Lunatic asylums Punjab 1895-1910 - 1895-1910
Year: 1895
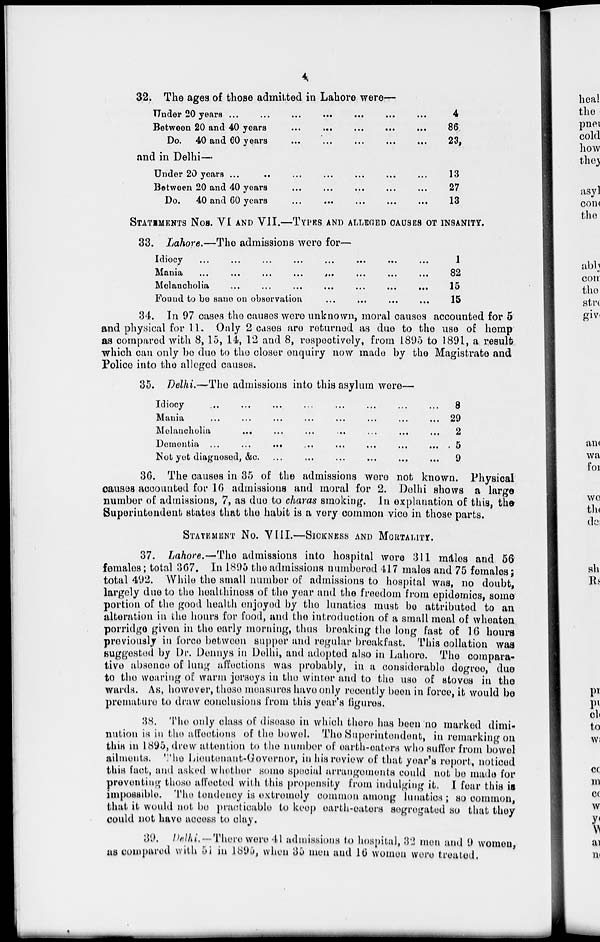
4
32. The ages of those admitted in Lahore, were—
Under 20 years ...
...
...
...
...
...
...
Between 20 and 40 years
...
...
...
...
...
Do. 40 and 60 years
...
...
...
...
...
4
86
23,
and in Delhi—
Under 20 years ... ... ... ... ... ... ...
Between 20 and 40 years ... ... ... ... ...
Do. 40 and 60 years
...
...
...
...
...
13
27
13
STATEMENTS
Nos. VI AND VII.—TYPES, AND ALLEGED CAUSES OT INSANITY.
33. Lahore.—The admissions were for—
Idiocy
...
...
...
...
...
...
...
...
Mania ... ... ... ... ... ... ... ...
Melancholia
...
...
...
...
...
...
...
...
Found to be sane on observation
...
...
...
...
1
82
15
15
34. In 97 cases the causes were unknown, moral causes accounted for 5
and physical for 11. Only 2 cases are returned as due to the use of hemp
as compared with 8, 15, 14, 12 and 8, respectively, from 1895 to 1891, a result
which can only be due to the closer enquiry now made by the Magistrate and
Police into the alleged causes.
35. Delhi.—The admissions into this asylum were—
Idiocy
...
...
...
...
...
...
Mania
...
...
...
...
...
...
...
...
Melancholia
...
...
Dementia ...
...
...
...
...
...
...
...
Not yet diagnosed, &c. ...
8
29
2
. 5
9
36. The causes in 35 of the admissions were not known. Physical
causes accounted for 16 admissions and moral for 2. Delhi shows a large
number of admissions, 7, as due to charas smoking. In explanation of this, the
Superintendent states that the habit is a very common vice in those parts.
STATEMENT No. VIII.—SICKNESS AND MORTALITY.
37. Lahore.—The admissions into hospital were 311 males and 56
females; total 367. In 1895 the admissions numbered 417 males and 75 females;
total 492. While the small number of admissions to hospital was, no doubt,
largely due to the healthiness of the year and the freedom from epidemics, some
portion of the good health enjoyed by the lunatics must be attributed to an
alteration in the hours for food, and the introduction of a small meal of wheaten
porridge given in the early morning, thus breaking the long fast of 16 hours
previously in force between supper and regular breakfast. This collation was
suggested by Dr. Dennys in Delhi, and adopted also in Lahore. The compara-
tive absence of lung affections was probably, in a considerable degree, due
to the wearing of warm jerseys in the winter and to the use of stoves in the
wards. As, however, these measures have only recently been in force, it would be
premature to draw conclusions from this year's figures.
38. The only class of disease in which there has been no marked dimi-
nution is in the affections of the bowel. The Superintendent, in remarking on
this in 1895, drew attention to the number of earth-eaters who suffer from bowel
ailments. The Lieutenant-Governor, in his review of that year's report, noticed
this fact, and asked whether some special arrangements could not be made for
preventing those affected with this propensity from indulging it. I fear this is
impossible. The tendency is extremely common among lunatics; so common,
that it would not be practicable to keep earth-eaters segregated so that they
could not have access to clay.
39. Delhi.—There were 41 admissions to hospital, 32 men and 9 women,
as compared with 51 in 1895, when 35 men and 16 women were treated.